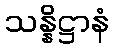
သန္နိဋ္ဌာနံ